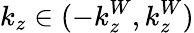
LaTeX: k_{z}\in(-k_{z}^{W},k_{z}^{W})